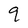
Character: 9